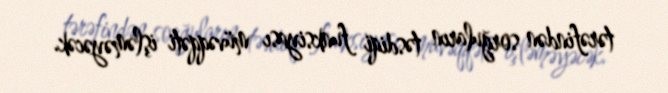
tərəfindən sorğuların təsdiqi funksiyası müvəqqəti işləməyəcək.